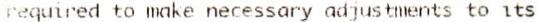
REQUIRED TO MAKE NECESSARY ADJUSTMENTS TO ITS